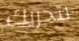
لتحريك